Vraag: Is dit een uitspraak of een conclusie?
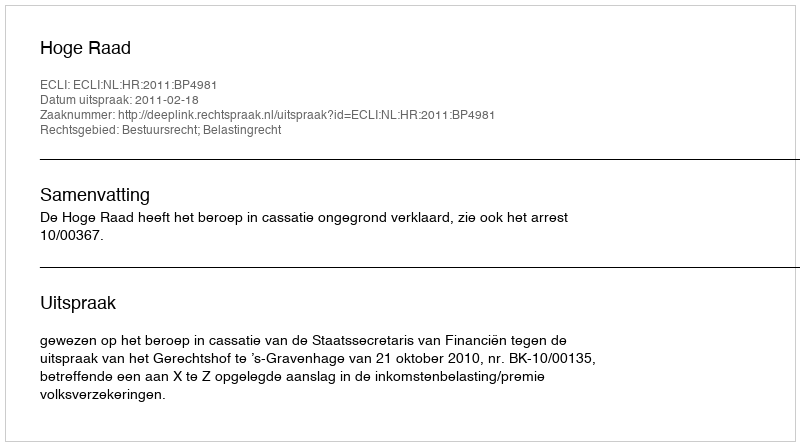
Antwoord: Uitspraak